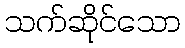
သက်ဆိုင်သော